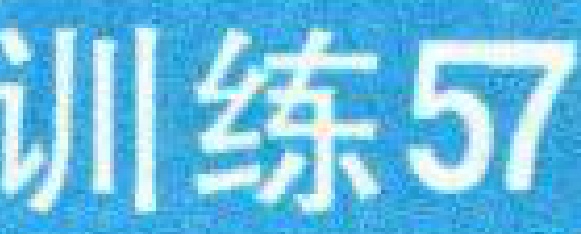
训练57